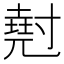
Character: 𡭄